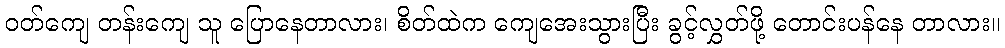
ဝတ်ကျေ တန်းကျေ သူ ပြောနေတာလား၊ စိတ်ထဲက ကျေအေးသွားပြီး ခွင့်လွှတ်ဖို့ တောင်းပန်နေ တာလား။